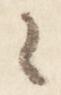
々